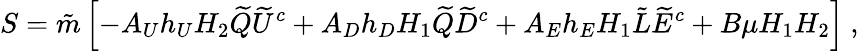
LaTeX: S=\tilde{m}\left[-A_{U}h_{U}H_{2}\widetilde{Q}\widetilde{U}^{c}+A_{D}h_{D}H_{1}\widetilde{Q}\widetilde{D}^{c}+A_{E}h_{E}H_{1}\tilde{L}\widetilde{E}^{c}+B\mu H_{1}H_{2}\right]\ ,